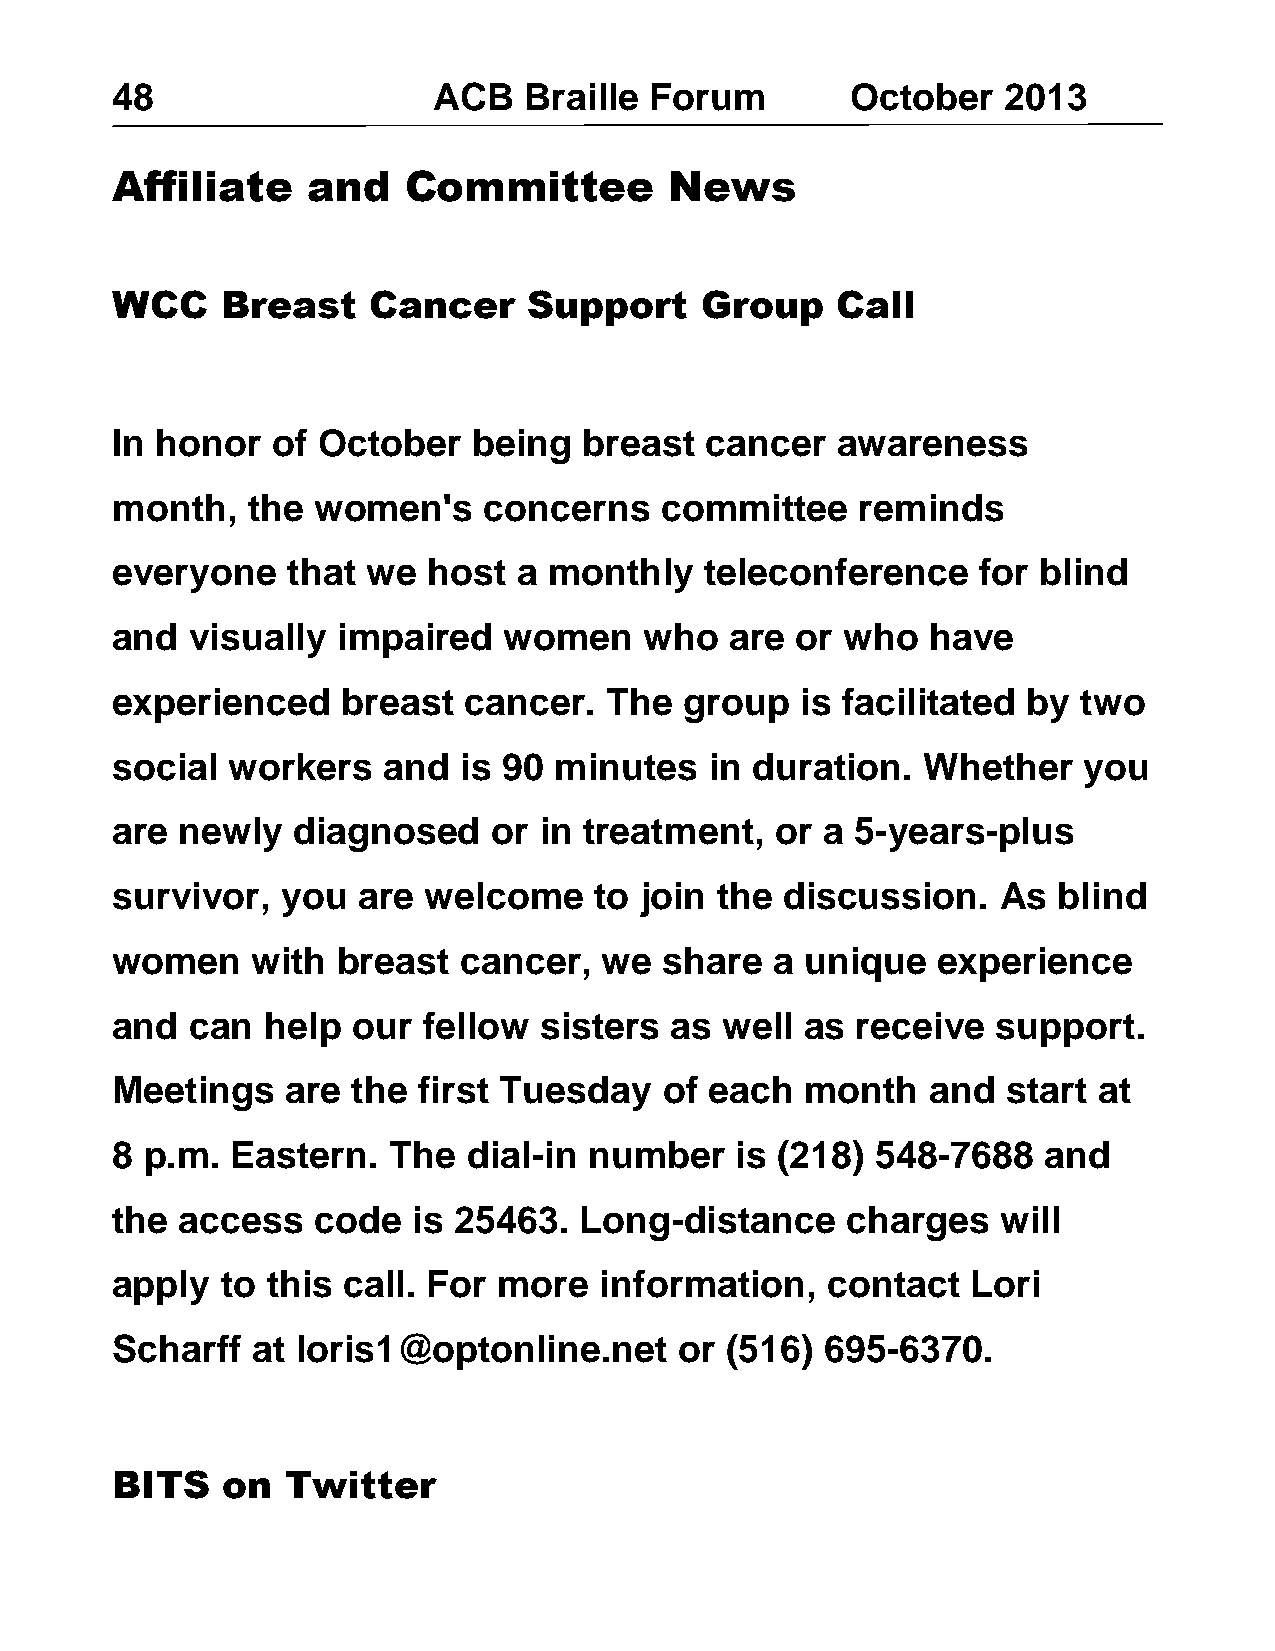
48                    ACB   Braille Forum        October   2013
 Affiliate    and    Committee        News
 WCC     Breast   Cancer     Support    Group    Call
 In honor   of October   being   breast  cancer  awareness
 month,   the  women's    concerns    committee    reminds
 everyone    that we  host  a monthly    teleconference    for blind
 and   visually impaired   women     who  are  or who   have
 experienced     breast  cancer.  The  group   is facilitated by  two
 social  workers   and  is 90  minutes   in duration.  Whether    you
 are  newly  diagnosed     or in treatment,  or  a 5-years-plus
 survivor,   you  are welcome    to join the  discussion.   As  blind
 women     with breast  cancer,   we  share  a unique   experience
 and   can  help our  fellow  sisters as  well as  receive  support.
 Meetings    are the  first Tuesday   of each  month    and  start at
 8  p.m. Eastern.   The  dial-in number    is (218) 548-7688   and
 the  access   code  is 25463.  Long-distance     charges   will
 apply   to this call. For more   information,   contact  Lori
 Scharff   at loris1@optonline.net     or (516)  695-6370.
 BITS    on  Twitter